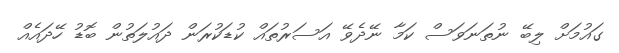
ގައުމަށް ލިބޭ ނުތަނަވަސް ކަމާ ނޭދެވޭ އަސަރުތައް ކުޑަކުރަން ދައުލަތުން ބޮޑު ހޭދައެއް